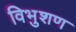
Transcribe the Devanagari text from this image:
विभुशण